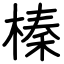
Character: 榛